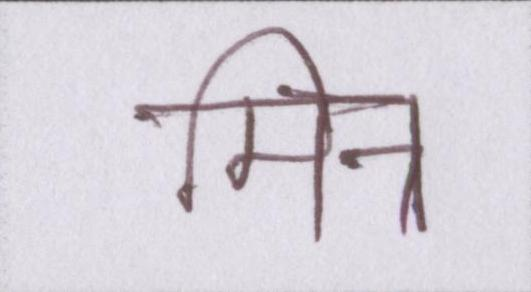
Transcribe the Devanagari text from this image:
मित्र